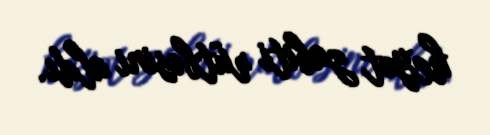
heyət zabiti rütbəsini aldı.